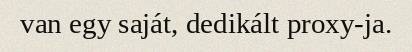
van egy saját, dedikált proxy-ja.